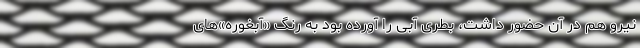
نیرو هم در آن حضور داشت، بطری آبی را آورده بود به رنگ «آبغوره‌»های